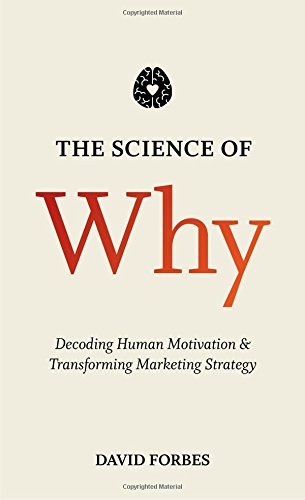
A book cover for The Science of Why: Decoding Human Motivation and Transforming Marketing Strategy; David Forbes; Business & Money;